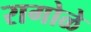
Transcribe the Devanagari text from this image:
रागोळे